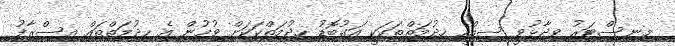
މިނިސްޓަރު ވިދާޅުވީ ސިއްހީ ހިދުމަތްތަކަކީ އަގުބޮޑު ހިދުމަތްކަކަށް ވުމުން އެ ހިދުމަތްތައް އިސްރާފު